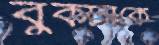
বুকটাকে